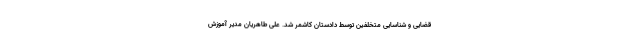
قضایی و شناسایی متخلفین توسط دادستان کاشمر شد. علی طاهریان مدیر آموزش